Vaccine operations Central Provinces & Berar 1922-1929 - 1922-1929
Year: 1922
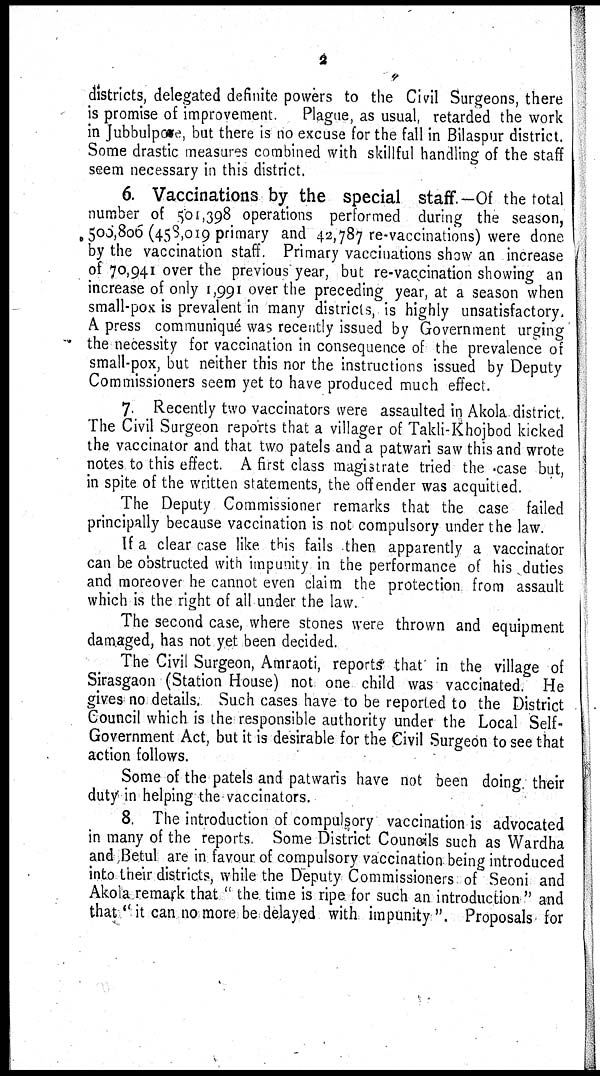
2
districts, delegated definite powers to the Civil Surgeons, there
is promise of improvement.
Plague, as usual, retarded the work
in Jubbulpore, but there is no excuse for the fall in Bilaspur district.
Some drastic measures combined with skillful handling of the staff
seem necessary in this district.
6. Vaccinations by the special staff.—Of the total
number of 501,398 operations performed during the season,
506,806 (458,019 primary and 42,787 re-vaccinations) were done
by the vaccination staff. Primary vaccinations show an increase
of 70,941 over the previous year, but re-vaccination showing an
increase of only 1,991 over the preceding year, at a season when
small-pox is prevalent in many districts, is highly unsatisfactory
A press communiqué was recently issued by Government urging
the necessity for vaccination in consequence of the prevalence of
small-pox, but neither this nor the instructions issued by Deputy
Commissioners seem yet to have produced much effect.
7. Recently two vaccinators were assaulted in Akola district.
The Civil Surgeon reports that a villager of Takli-Khojbod kicked
the vaccinator and that two patels and a patwari saw this and wrote
notes to this effect. A first class magistrate tried the case but,
in spite of the written statements, the offender was acquitted.
The Deputy Commissioner remarks that the case failed
principally because vaccination is not compulsory under the law.
If a clear case like this fails then apparently a vaccinator
can be obstructed with impunity in the performance of his duties
and moreover he cannot even claim the protection from assault
which is the right of all under the law.
The second case, where stones were thrown and equipment
damaged, has not yet been decided.
The Civil Surgeon, Amraoti, reports that' in the village of
Sirasgaon (Station House) not one child was vaccinated. He
gives no details. Such cases have to be reported to the District
Council which is the responsible authority under the Local Self-
Government Act, but it is desirable for the Civil Surgeon to see that
action follows.
Some of the patels and patwaris have not been doing their
duty in helping the vaccinators.
8. The introduction of compulsory vaccination is advocated
in many of the reports. Some District Councils such as Wardha
and Betul are in favour of compulsory vaccination being introduced
into their districts, while the Deputy Commissioners of Seoni and
Akola remark that " the time is ripe for such an introduction " and
that '' it can no more be delayed with impunity". Proposals for